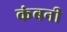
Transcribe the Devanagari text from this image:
कंबनी